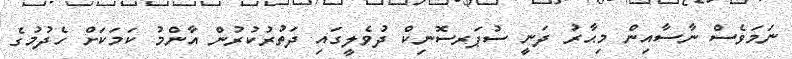
ނަމަވެސް ނާސާއިން މިޙާރު ދަނީ ސުޕަރސޮނިކް ދުވެލީގައި ދަތުރުކުރުން އާންމު ކަމަކަށް ހެދުމުގެ